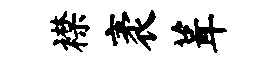
襟袤葺